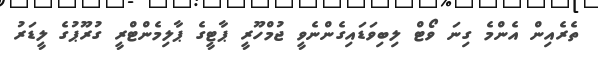
ތެރެއިން އެންމެ ގިނަ ވޯޓް ލިބިވަޑައިގެންނެވީ ޖުމްހޫރީ ޕާޓީގެ ޕާލިމެންޓްރީ ގުރޫޕުގެ ލީޑަރު